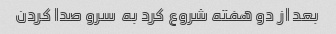
بعد از دو هفته شروع کرد به  سرو صدا کردن